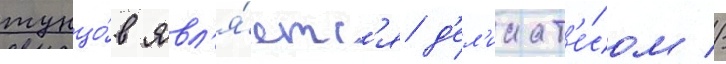
тунцо́в явл'я́етс'я д'ел'икат'е́сом //